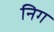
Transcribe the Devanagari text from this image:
निग